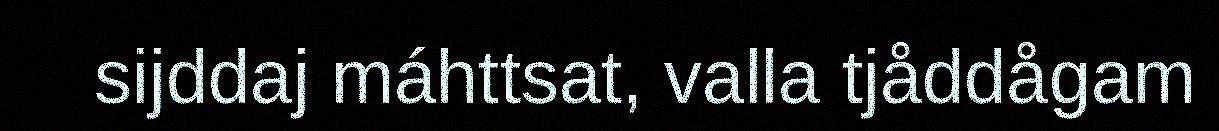
sijddaj máhttsat, valla tjåddågam